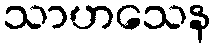
သာဟသေန